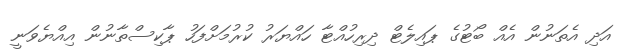
އަދި އެތަނުން އެއް ބޯޓުގެ ޕައިލެޓް ދިރިހުއްޓާ ހައްޔަރު ކުރުމަށްފަހު ޕާކިސްތާނުން އިއްޔެވަނީ